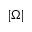
| \Omega |